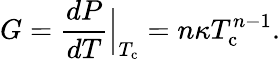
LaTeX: G=\frac{dP}{dT}\Bigr|_{\substack{T_{\mathrm{c}}}}=n\kappa T_{\mathrm{c}}^{n-1}\mathrm{.}